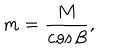
LaTeX: m = \frac { M } { \cos { \beta } } ,